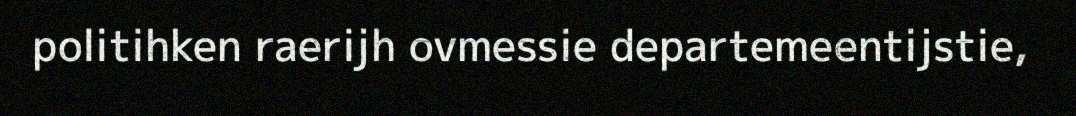
politihken raerijh ovmessie departemeentijstie,